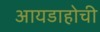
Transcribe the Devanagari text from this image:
आयडाहोची